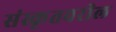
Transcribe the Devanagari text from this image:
संस्कृतवरील